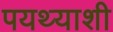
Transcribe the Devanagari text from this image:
पयथ्याशी